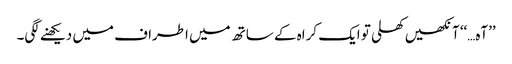
’’آہ…‘‘ آنکھیں کھلی تو ایک کراہ کے ساتھ میں اطراف میں دیکھنے لگی۔